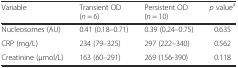
| Variable | Transient OD (n = 6) | Persistent OD (n = 10) | p valuea |
 | --- | --- | --- | --- |
 | Nucleosomes (AU) | 0.41 (0.18–0.71) | 0.39 (0.24–0.75) | 0.635 |
 | CRP (mg/L) | 234 (79–325) | 297 (222–340) | 0.562 |
 | Creatinine (μmol/L) | 163 (60–291) | 269 (156-390) | 0.118 |